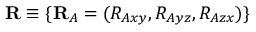
\mathbf { R } \equiv \{ \mathbf { R } _ { A } = ( R _ { A x y } , R _ { A y z } , R _ { A z x } ) \}